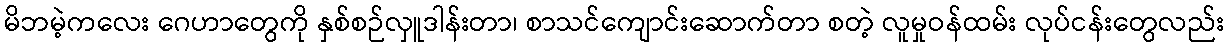
မိဘမဲ့ကလေး ဂေဟာတွေကို နှစ်စဉ်လှူဒါန်းတာ၊ စာသင်ကျောင်းဆောက်တာ စတဲ့ လူမှုဝန်ထမ်း လုပ်ငန်းတွေလည်း